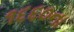
૧૬૬૦ના